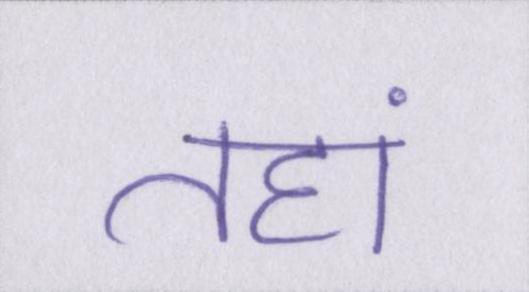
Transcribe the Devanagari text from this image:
तहां